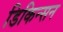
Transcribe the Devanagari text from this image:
डिकिन्‍सन